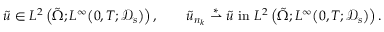
\begin{array} { r l } & { \tilde { u } \in L ^ { 2 } \left( \tilde { \Omega } ; L ^ { \infty } \big ( 0 , T ; \mathcal D _ { s } \big ) \right) , \qquad \tilde { u } _ { n _ { k } } \overset { \ast } { \rightharpoonup } \tilde { u } \mathrm { ~ i n ~ } L ^ { 2 } \left( \tilde { \Omega } ; L ^ { \infty } \big ( 0 , T ; \mathcal D _ { s } \big ) \right) . } \end{array}